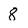
Character: 8